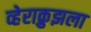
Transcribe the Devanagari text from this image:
व्हेराक्रुझला